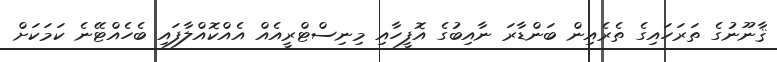
ޤާނޫނުގެ ތަރަހައިގެ ތެރެއިން ބަންޑާރަ ނާއިބުުގެ އޮފީހާއި މިނިސްޓްރީއެއް އެއްކޮއްލާފައި ބެހެއްޓޭނެ ކަމަކަށް